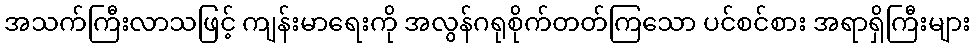
အသက်ကြီးလာသဖြင့် ကျန်းမာရေးကို အလွန်ဂရုစိုက်တတ်ကြသော ပင်စင်စား အရာရှိကြီးများ